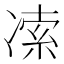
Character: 𰄅